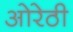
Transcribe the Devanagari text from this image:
ओरेठी